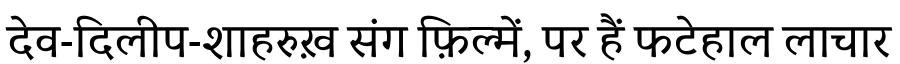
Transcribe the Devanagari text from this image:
देव-दिलीप-शाहरुख़ संग फ़िल्में, पर हैं फटेहाल लाचार